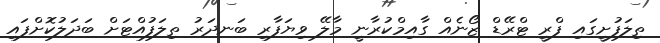
ތިލަފުށީގައި ފްރީ ޓްރޭޑް ޒޯނެއް ގާއިމްކުރާނީ މާލޭ ވިޔަފާރި ބަނދަރު ތިލަފުއްޓަށް ބަދަލުކޮށްފައި